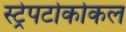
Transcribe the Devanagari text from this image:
स्ट्रेपटोकोकल